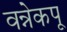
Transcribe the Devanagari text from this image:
वन्नेकपू